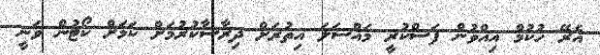
އެރޭ ހުކުމް އިއްވުން ފަސްކުރީ މައްސަލަ އިތުރަށް ދިރާސާކުރުމަށް ކަމަށް ކޯޓުން ވަނީ